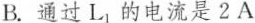
B.通过L_{1}的电流是2A